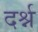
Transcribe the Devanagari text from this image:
दर्श्न